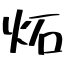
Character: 炻